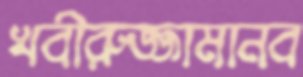
খবীরুজ্জামানব